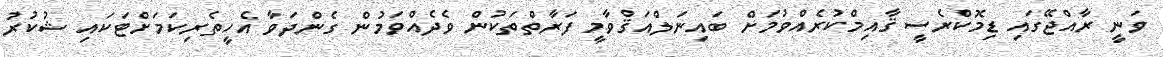
ވަނީ ރާއްޖޭގައި ޑިމޮކްރެސީ ޤާއިމްކުރެއްވުމަށް ބައިނަލްއަޤްވާމީ ފަރާތްތަކުން ވެދެއްވަމުން ގެންދަވާ އެހީތެރިކަމަށްޓަކައި ޝުކުރު